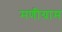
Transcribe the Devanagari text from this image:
मणीग्राम